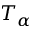
T _ { \alpha }